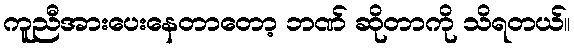
ကူညီအားပေးနေတာတော့ ဘဏ် ဆိုတာကို သိရတယ်။